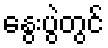
နွေးပွဲတွင်